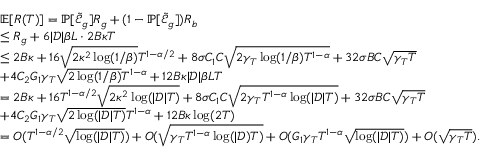
\begin{array} { r l } & { \mathbb { E } [ R ( T ) ] = \mathbb { P } [ \tilde { \mathcal { E } } _ { g } ] R _ { g } + ( 1 - \mathbb { P } [ \tilde { \mathcal { E } } _ { g } ] ) R _ { b } } \\ & { \leq R _ { g } + 6 | \mathcal { D } | \beta L \cdot 2 B \kappa T } \\ & { \leq 2 B \kappa + 1 6 \sqrt { 2 \kappa ^ { 2 } \log ( 1 / \beta ) } T ^ { 1 - \alpha / 2 } + 8 \sigma C _ { 1 } C \sqrt { 2 \gamma _ { T } \log ( 1 / \beta ) T ^ { 1 - \alpha } } + 3 2 \sigma B C \sqrt { \gamma _ { T } T } } \\ & { + 4 C _ { 2 } G _ { 1 } \gamma _ { T } \sqrt { 2 \log ( 1 / \beta ) } T ^ { 1 - \alpha } + 1 2 B \kappa | \mathcal { D } | \beta L T } \\ & { = 2 B \kappa + 1 6 T ^ { 1 - \alpha / 2 } \sqrt { 2 \kappa ^ { 2 } \log ( | \mathcal { D } | T ) } + 8 \sigma C _ { 1 } C \sqrt { 2 \gamma _ { T } T ^ { 1 - \alpha } \log ( | \mathcal { D } | T ) } + 3 2 \sigma B C \sqrt { \gamma _ { T } T } } \\ & { + 4 C _ { 2 } G _ { 1 } \gamma _ { T } \sqrt { 2 \log ( | \mathcal { D } | T ) } T ^ { 1 - \alpha } + 1 2 B \kappa \log ( 2 T ) } \\ & { = O ( T ^ { 1 - \alpha / 2 } \sqrt { \log ( | \mathcal { D } | T ) } ) + O ( \sqrt { \gamma _ { T } T ^ { 1 - \alpha } \log ( | \mathcal { D } ) T ) } + O ( G _ { 1 } \gamma _ { T } T ^ { 1 - \alpha } \sqrt { \log ( | \mathcal { D } | T ) } ) + O ( \sqrt { \gamma _ { T } T } ) . } \end{array}